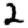
Digit: 2